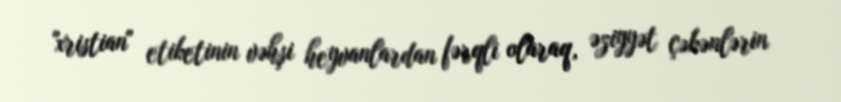
"xristian" etiketinin vəhşi heyvanlardan fərqli olaraq, əziyyət çəkənlərin